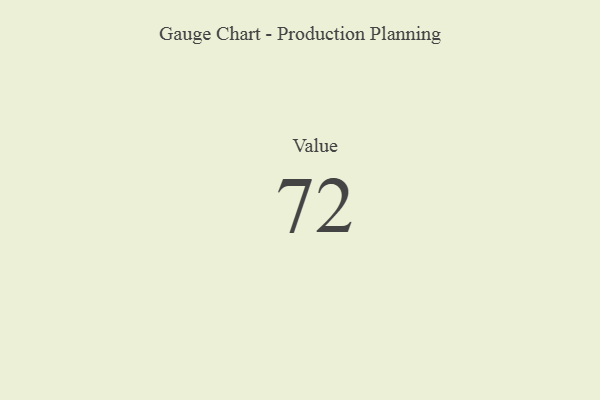
{"axis": {"x": "Metric", "y": "Value"}, "legend": [""], "data": [{"x": "Value", "y": 72, "type": ""}]}